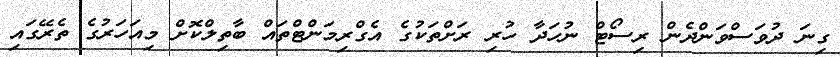
ގިނަ ދުވަސްވަންދެން ރިސޯޓް ނުހަދާ ހުރި ރަށްތަކުގެ އެގްރިމަންޓްތައް ބާތިލްކޮށް މިއަހަރުގެ ތެރޭގައި